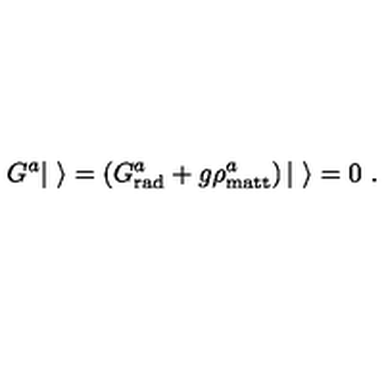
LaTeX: G ^ { a } | \ \rangle = \left( G _ { \mathrm { r a d } } ^ { a } + g \rho _ { \mathrm { m a t t } } ^ { a } \right) | \ \rangle = 0 \ .